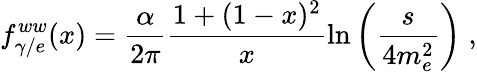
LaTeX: f_{\gamma/e}^{ww}(x)=\frac{\alpha}{2\pi}\frac{1+(1-x)^{2}}{x}\ln\left(\frac{s}{4m_{e}^{2}}\right)\; ,